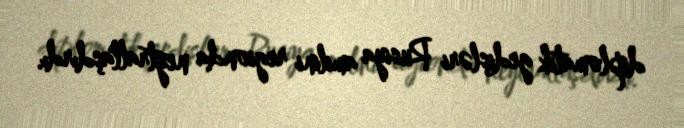
diplomatik gedişləri Rusiya amilini regionda neytrallaşdırdı.